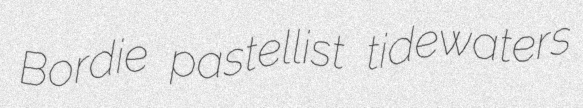
Bordie pastellist tidewaters